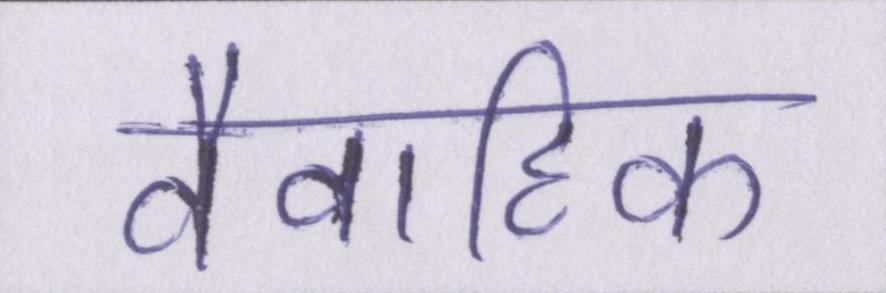
वैवाहिक